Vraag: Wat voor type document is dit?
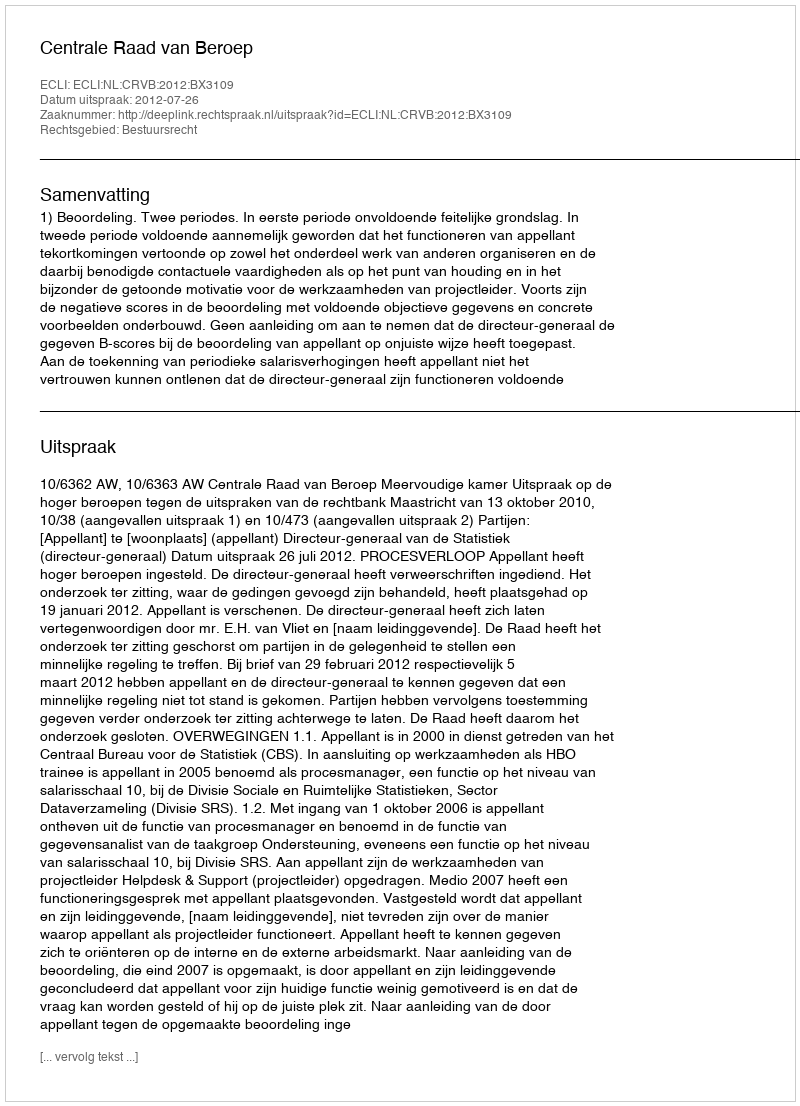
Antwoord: Uitspraak